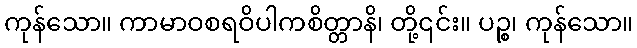
ကုန်သော။ ကာမာဝစရဝိပါကစိတ္တာနိ၊ တို့၎င်း။ ပဉ္စ၊ ကုန်သော။